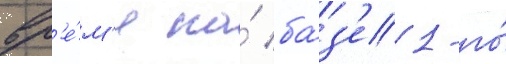
вр'е́м'я на́ ба́з'е 1-го́